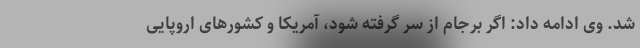
شد. وی ادامه داد: اگر برجام از سر گرفته شود، آمریکا و کشورهای اروپایی